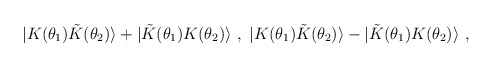
\begin{align*}\ |K(\theta_1){\tilde K}(\theta_2)\rangle +|{\tilde K}(\theta_1)K(\theta_2)\rangle\ , \ |K(\theta_1){\tilde K}(\theta_2)\rangle - |{\tilde K}(\theta_1)K(\theta_2)\rangle\ ,\end{align*}